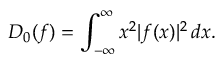
D _ { 0 } ( f ) = \int _ { - \infty } ^ { \infty } x ^ { 2 } | f ( x ) | ^ { 2 } \, d x .